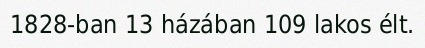
1828-ban 13 házában 109 lakos élt.